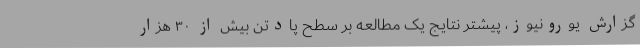
گزارش یورونیوز، پیشتر نتایج یک مطالعه بر سطح پادتن بیش از ۳۰ هزار